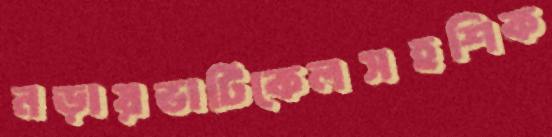
নড়ায়ভার্টিকেলসহশিক